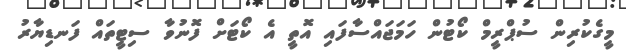
މީގެކުރިން ސުޕްރީމް ކޯޓުން ހަމަޖައްސާފައި އޮތީ އެ ކޯޓަށް ފޮނުވާ ސިޓީތައް ފަނޑިޔާރު